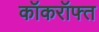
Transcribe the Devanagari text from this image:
कॉकरॉफ्त